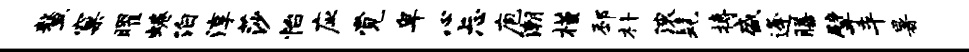
鳌窠曜蜷泊淳莎怡应觉卑心忐庖潮槿邳朴滚髦搏盛逄膳擘平暑